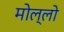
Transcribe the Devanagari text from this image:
मोल्लो